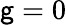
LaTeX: \mathsf{g}=0